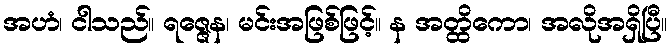
အဟံ၊ ငါသည်။ ရဇ္ဇေန၊ မင်းအဖြစ်ဖြင့်။ န အတ္ထိကော၊ အလိုအရှိပြီ။